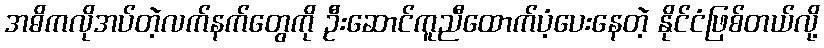
အဓိကလိုအပ်တဲ့လက်နက်တွေကို ဦးဆောင်ကူညီထောက်ပံ့ပေးနေတဲ့ နိုင်ငံဖြစ်တယ်လို့